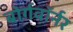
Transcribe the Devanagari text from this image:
बोर्गवॉर्नर